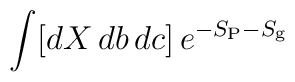
\int [dX\, db\, dc]\, e^{-S_{\rm P} - S_{\rm g}}